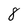
Character: 8